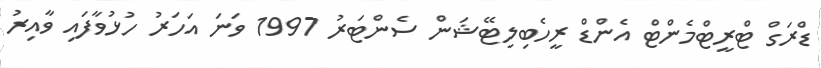
ޑްރަގް ޓްރީޓްމެންޓް އެންޑް ރީހެބިލިޓޭޝަން ސެންޓަރު 1997 ވަނަ އަހަރު ހުޅުވާފައި ވާއިރު